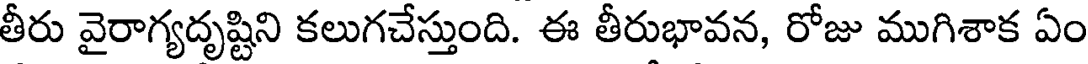
తీరు వైరాగ్యదృష్టిని కలుగచేస్తుంది. ఈ తీరుభావన, రోజు ముగిశాక ఏం